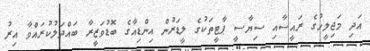
އަދި މަޖިލީހުގެ ރައީސާއި ސިޔާސީ ޕާޓީތަކުގެ ލީޑަރުން އިންޑިއާގެ ބޮޑުވަޒީރާ ބައްދަލުކުރައްވާ އިރު